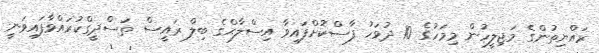
ރައްޔިތުންގެ މަޖިލީހުން މިމަހުގެ 10 ދުވަހު ފާސްކޮށްފައިވާ އިސްލާޙްގެ ބިލް ރައީސް ތަސްދީގްކުރައްވާފައިވަނީ